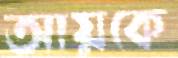
আয়কে